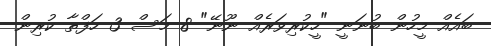
ބައެއް މީހުން ބުނަނީ "ހީކުރިވަރެއް ނޫނޭ" 8 މަސް 3 ހަފްތާ ކުރިން